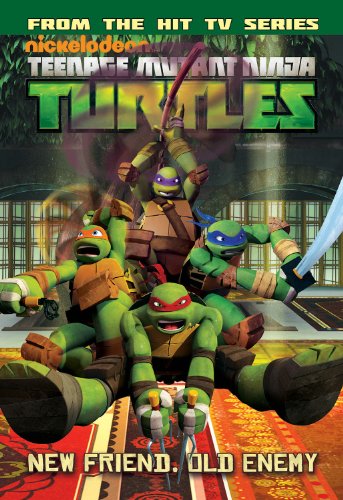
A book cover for Teenage Mutant Ninja Turtles Animated Volume 2: Never Say Xever / The Gauntlet; Various; Comics & Graphic Novels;